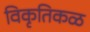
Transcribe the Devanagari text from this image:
विकृतिकळ